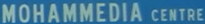
MOHAMMEDIA CENTRE